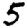
Digit: 5